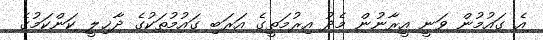
އެ ގައުމުން ވަނީ އީރާނުން މެދު އިރުމަތީގެ އަރަބި ގައުމުތަކުގެ ދާޚިލީ ކަންކަމުގެ